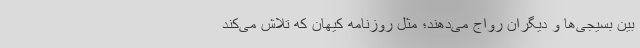
بین بسیجی‌ها و دیگران رواج می‌دهند؛ مثل روزنامه کیهان که تلاش می‌کند